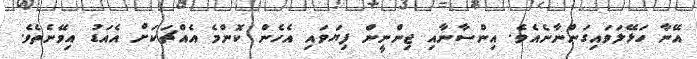
އޭނާ ހަޅޭލަވައިގަންނާނެއެވެ. އިންސާނާއި ޖިންނީން ފިޔަވައި އެހެން ކޮންމެ އެއްޗަކަށް އެއަޑު އިވޭނެތެވެ.